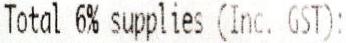
TOTAL 6% SUPPLIES (INC. GST):